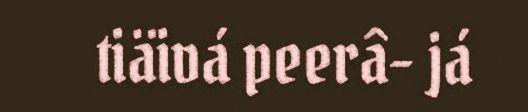
tiäivá peerâ- já